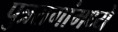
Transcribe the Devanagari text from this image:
पुत्ररागांमध्ये